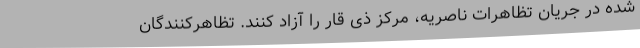
شده در جریان تظاهرات ناصریه، مرکز ذی قار را آزاد کنند. تظاهرکنندگان